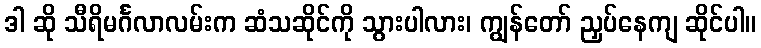
ဒါ ဆို သီရိမင်္ဂလာလမ်းက ဆံသဆိုင်ကို သွားပါလား၊ ကျွန်တော် ညှပ်နေကျ ဆိုင်ပါ။